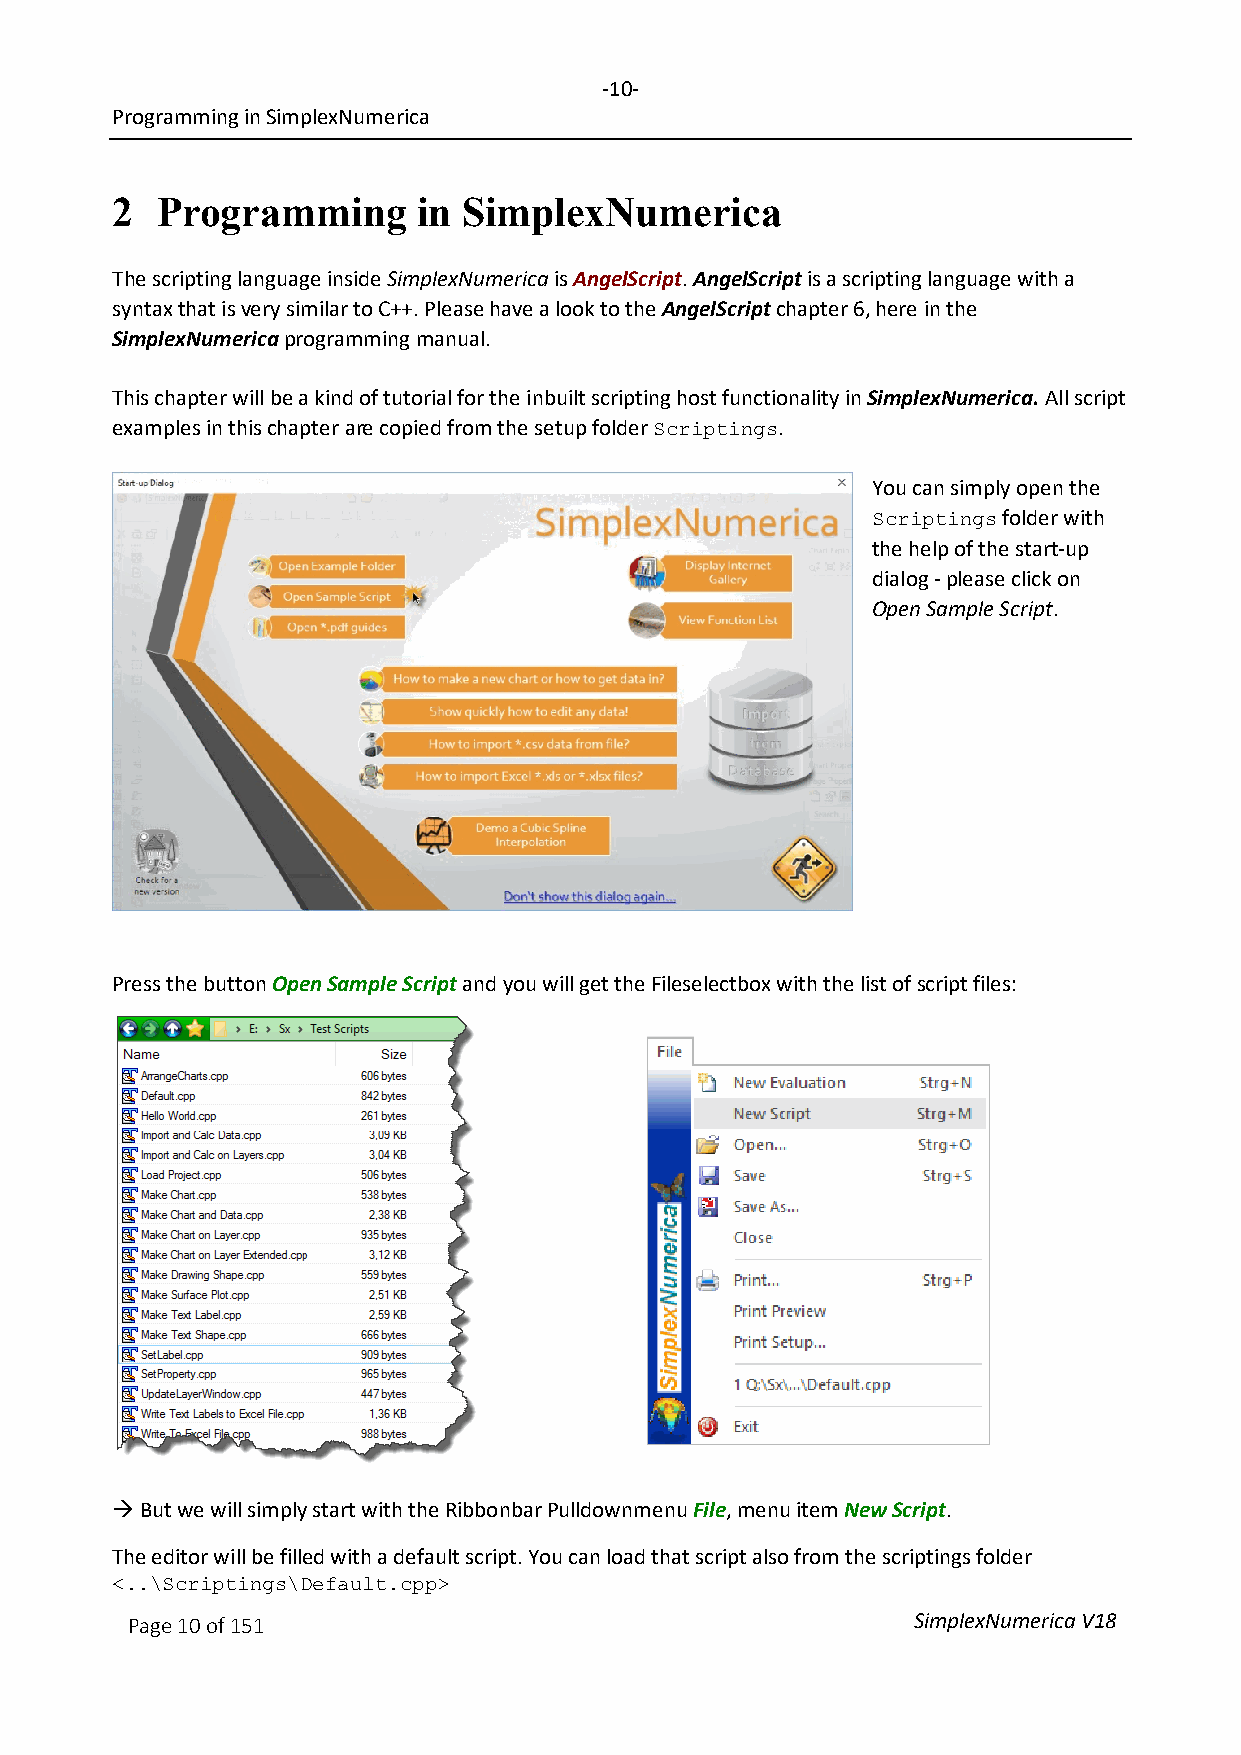
-10-
 Programming in SimplexNumerica
 2  Programming       in SimplexNumerica
 The scripting language inside SimplexNumerica is AngelScript. AngelScript is a scripting language with a
 syntax that is very similar to C++. Please have a look to the AngelScript chapter 6, here in the
 SimplexNumerica programming manual.
 This chapter will be a kind of tutorial for the inbuilt scripting host functionality in SimplexNumerica. All script
 examples in this chapter are copied from the setup folder .
 Scriptings
 You can simply open the
 folder with
 Scriptings
 the help of the start-up
 dialog - please click on
 Open Sample Script.
 Press the button Open Sample Script and you will get the Fileselectbox with the list of script files:
  But we will simply start with the Ribbonbar Pulldownmenu File, menu item New Script.
 The editor will be filled with a default script. You can load that script also from the scriptings folder
 <..\Scriptings\Default.cpp>
 Page 10 of 151                                      SimplexNumerica V18